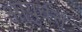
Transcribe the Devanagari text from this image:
आयुर्वत्त